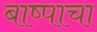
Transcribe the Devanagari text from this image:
बाष्पाचा